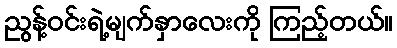
ညွန့်ဝင်းရဲ့မျက်နှာလေးကို ကြည့်တယ်။